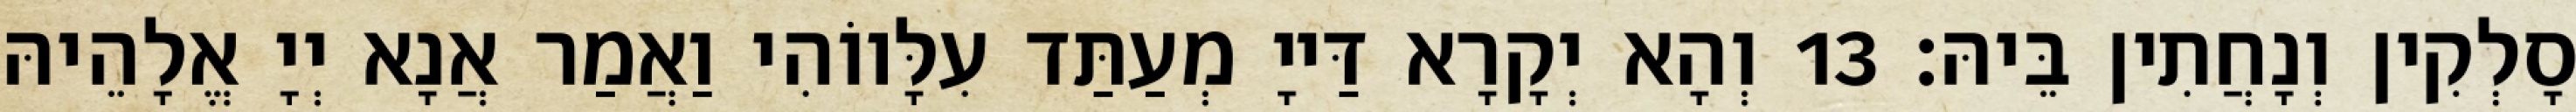
סָלְקִין וְנָחֲתִין בֵּיהּ׃ 13 וְהָא יְקָרָא דַּייָ מְעַתַּד עִלָּווֹהִי וַאֲמַר אֲנָא יְיָ אֱלָהֵיהּ